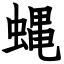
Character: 蝿